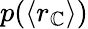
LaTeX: p(\langle r_{\mathbb{C}}\rangle)